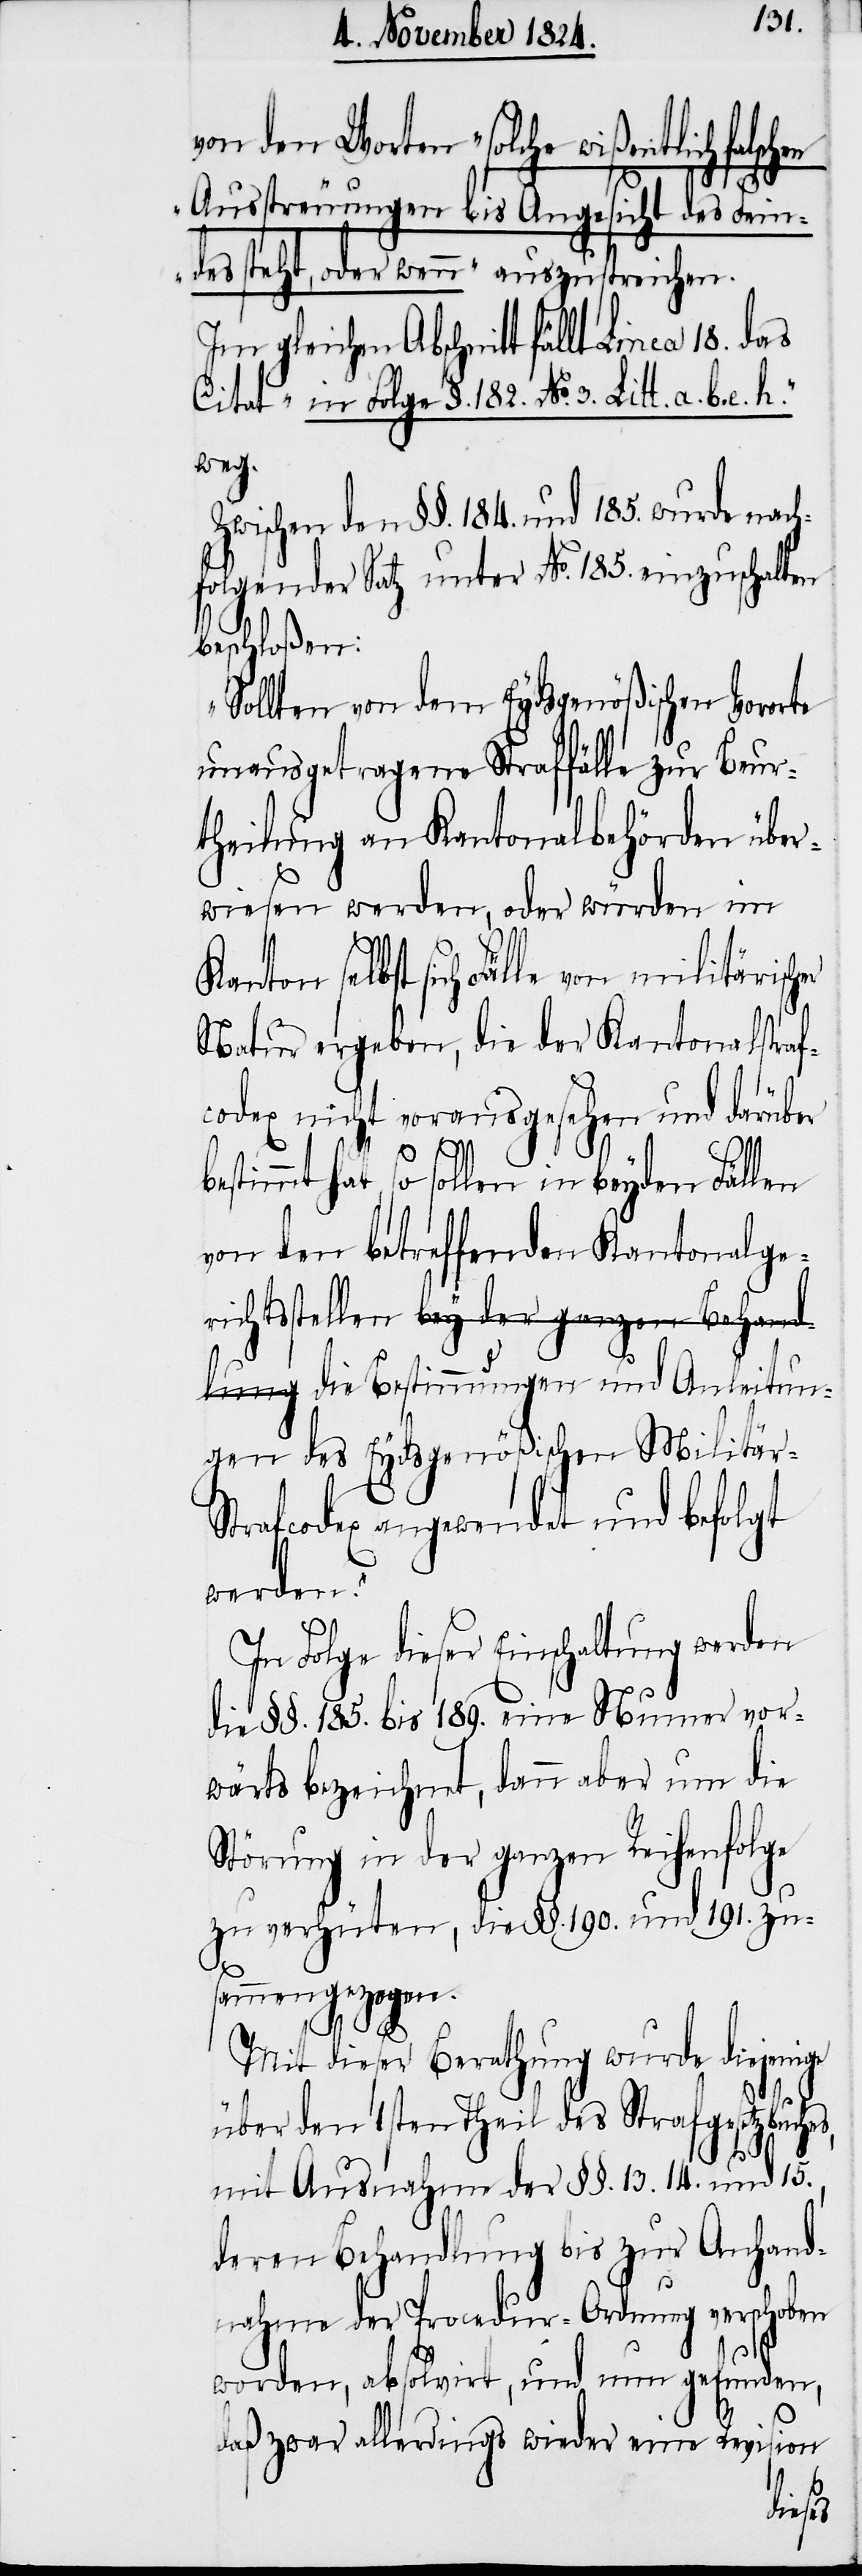
von den Worten „solche wißentlich falsc¬
Ausstreuungen bis Angesicht des Fein¬
des steht, oder wenn“ auszustreichen.
en Abschnitt fällt Linea 18. das
Citat „in Folge §. 182. No. 3. Litt. a. b.
weg.
Zwischen den §§. 184. und 185. wurde nach¬
folgender Satz unter No. 185. einzuschalten
er
beschloßen:
„Sollten von dem Eydsgenößischen Vororte
unausgetragene Straffälle zur Beur¬
theilung an Kantonalbehörden über¬
wiesen werden, oder würden im
selbst sich Fälle von militärisch¬
Natur ergeben, die der Kantonalstraf¬
codex nicht vorausgesehen und darüber
timmt hat, so sollen in beyden Fällen
von den betreffenden Kantonalger¬
ichtsstellen a-bey der ganzen Behand¬
lung-a die Bestimmungen und Anleitun¬
gen des Eydsgenößischen Militär-S¬
trafcodex angewendet und befolgt
werden.“
In Folge dieser Einhaltung werden
die §§. 185. bis 189. eine Numer vor¬
wärts bezeichnet, dann aber um die
Störung in der ganzen Reihenfolge
zu verhüten, die §§. 190. und 191. zu¬
sammen gezogen.
h.“
Mit dieser Berathung wurde diejenige
über den 1sten Theil des Strafgesetzbuch¬
mit Ausnahme der §§. 13. 14. und 15.,
deren Behandlung bis zur Anhand¬
nahme der Procedur-Ordnung verschoben
worden, absolvirt, und nun gefunden,
daß zwar allerdings wieder eine Revi¬
sion
es,